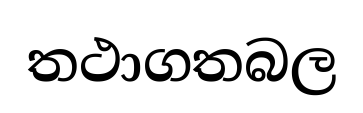
තථාගතබල